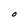
Character: O